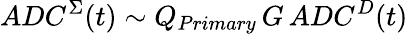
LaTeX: ADC^{\Sigma}(t)\sim Q_{Primary}\, G\, ADC^{D}(t)